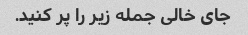
جای خالی جمله زیر را پر کنید.